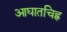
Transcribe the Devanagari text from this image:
आघातचिह्र